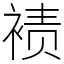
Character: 𫌀